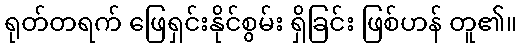
ရုတ်တရက် ဖြေရှင်းနိုင်စွမ်း ရှိခြင်း ဖြစ်ဟန် တူ၏။